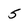
Character: 5